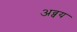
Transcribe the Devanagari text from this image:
अव्वय